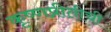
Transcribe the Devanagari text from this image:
कृष्णप्रीतीची